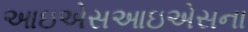
આઇએસઆઇએસના